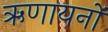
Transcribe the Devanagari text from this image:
ऋणायनों